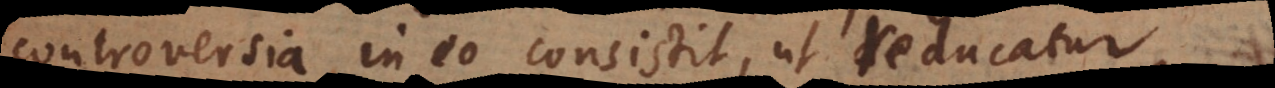
controversia in eo consistit, ut reducatur